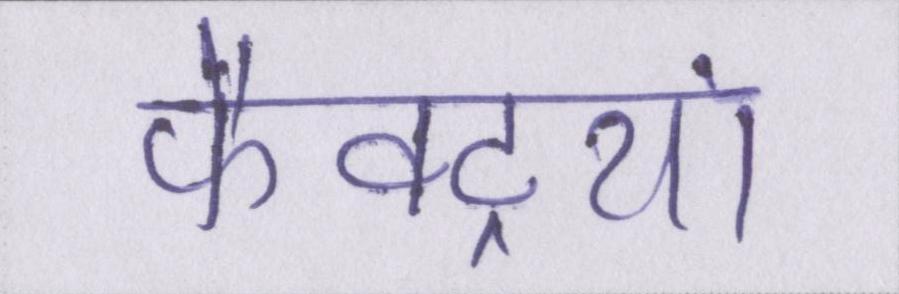
फैक्ट्रियां